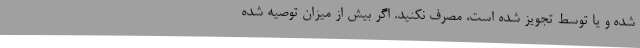
شده و یا توسط تجویز شده است، مصرف نکنید. اگر بیش از میزان توصیه شده